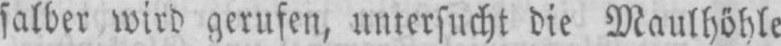
salber wird gerufen, untersucht die Maulhöhle